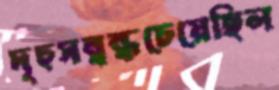
দৃঢ়সম্বন্ধচেয়েছিল